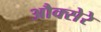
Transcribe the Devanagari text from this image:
औक्सेरे